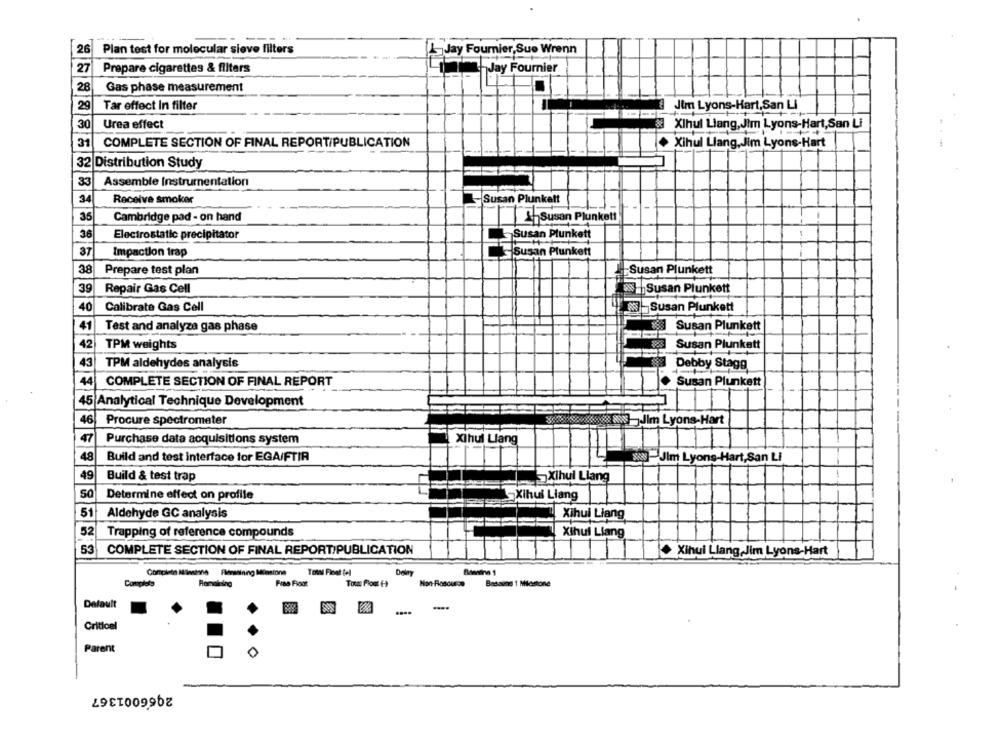
26
Plan test for molecular sieve filters
Jay Fournier, Sue Wrenn
27
Prepare cigarettes & filters
Jay Fournier
28
Gas phase measurement
29
Tar effect In filter
Jim Lyons-Hart,San Li
30
Urea effect
& Xihul Liang, Jim Lyons-Hart,San Li
31
COMPLETE SECTION OF FINAL REPORT/PUBLICATION
Xihul Liang, Jim Lyons-Hart
32 Distribution Study
33
Assemble Instrumentation
34
Receive smoker
L-Susan Plunkett
35
Cambridge pad - on hand
Susan Plunkett
36
Electrostatic precipitator
Susan Plunkett
37
Impaction trap
Susan Plunkett
38
Prepare test plan
Susan Plunkett
39
Repair Gas Cell
Susan Plunkett
40
Calibrate Gas Cell
-Susan Plunkett
41
Test and analyze gas phase
Susan Plunkett
42
TPM weights
Susan Plunkett
LIL
43
TPM aldehydes analysis
Debby Stagg
44
COMPLETE SECTION OF FINAL REPORT
Susan Plunkett
15 Analytical Technique Development
46|
Procure spectrometer
yoox Jim Lyons-Hart
47
Purchase data acquisitions system
Xihul Llang
48
Build and test interface for EGA/FTIR
8-Jim Lyons-Hart,San Li
49
Build & test trap
Xihul Llang
50
Determine effect on profile
Xihui Liang
51
Aldehyde GC analysis
Xihui Liang
52
Trapping of reference compounds
Xihul Liang
53
COMPLETE SECTION OF FINAL REPORT/PUBLICATION
+ Xihui Llang,Jim Lyons-Hart
Deley
Completo
Fras Fioot
Basaime 1 Milestone
Dafault
-..
Criticel
Parent
2066001367